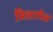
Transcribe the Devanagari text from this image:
मितारौल